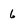
Character: 6